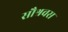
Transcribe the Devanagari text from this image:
सौश्रवस